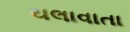
ચલાવાતા